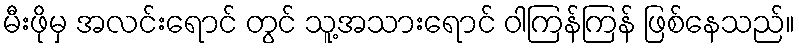
မီးဖိုမှ အလင်းရောင် တွင် သူ့အသားရောင် ဝါကြန်ကြန် ဖြစ်နေသည်။